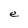
Character: e